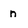
Character: n